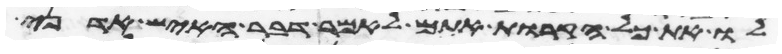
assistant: לו את כל הקרות אתם לאמר דבר האיש אדני